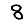
Digit: 8